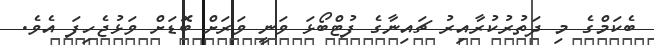
ބެކަމްގެ މި ދަތުރުކުރާއިރު ޗައިނާގެ ފުޓްބޯޅަ ވަނީ ވަރަށް ބޮޑަށް ވަޅުޖެހިފަ އެވެ.